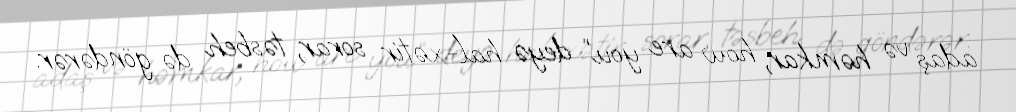
adaş və həmkar, how are you” deyə hal-xətir sorar, təsbeh də göndərər.